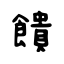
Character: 饋